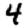
Digit: 4